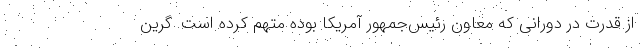
از قدرت در دورانی که معاون رئیس‌جمهور آمریکا بوده متهم کرده است. گرین